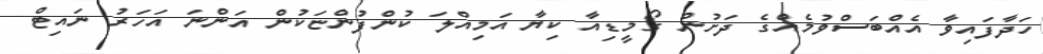
ހަދާފައިވާ އެއްބަސްވުމެއްގެ ދަށުން ގޯމީޑިއާ ކިޔާ އަމިއްލަ ކުންފުންޏަކުން އަންނަ އަހަރު ނައިޓް